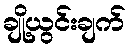
ချို့ယွင်းချက်